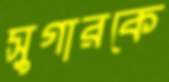
সুগারকে